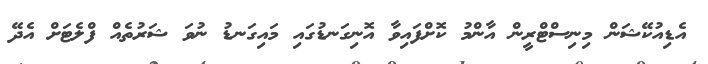
އެޑިއުކޭޝަން މިނިސްޓްރީން އާންމު ކޮށްފައިވާ އޮނިގަނޑުގައި މައިގަނޑު ނުވަ ޝަރުތެއް ފްލެޓަށް އެދޭ